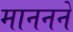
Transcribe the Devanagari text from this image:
माननने